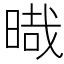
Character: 𣈻